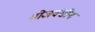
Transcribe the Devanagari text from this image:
भोजवंशीय